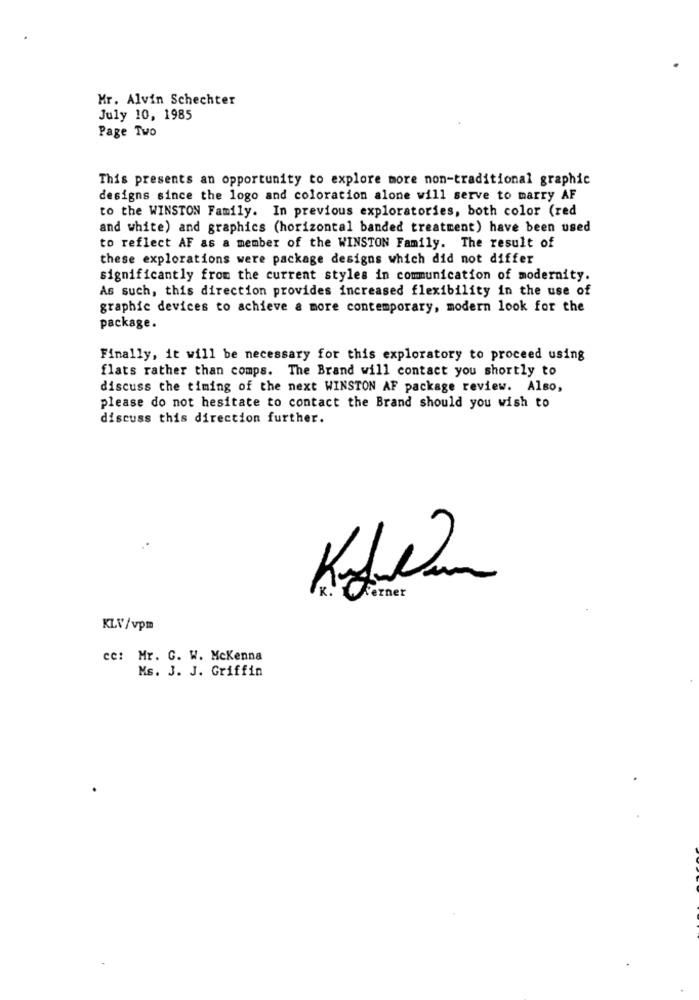
Mr. Alvin Schechter
July 10, 1985
Page Two
This presents an opportunity to explore more non-traditional graphic
designs since the logo and coloration alone will serve to marry AF
to the WINSTON Family. In previous exploratories, both color (red
and white) and graphics (horizontal banded treatment) have been used
to reflect AF as a member of the WINSTON Family. The result of
these explorations were package designs which did not differ
significantly from the current styles in communication of modernity.
As such, this direction provides increased flexibility in the use of
graphic devices to achieve a more contemporary, modern look for the
package.
Finally, it will be necessary for this exploratory to proceed using
flats rather than comps. The Brand will contact you shortly to
discuss the timing of the next WINSTON AF package review. Also,
please do not hesitate to contact the Brand should you wish to
discuss this direction further.
ferner
KLV/vpm
ce: Mr. G. W. Mckenna
Ms. J. J. Griffin